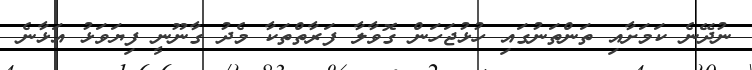
ނުދޭނެ ކަމަށާއި ތަންތަނުގައި ހުޅުޖަހަން ގޮވާލާ ފަރާތްތަކާ މެދު ގާނޫނީ ފިޔަވަޅު އަޅާނެ